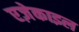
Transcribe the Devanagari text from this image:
एज़ेकाइल